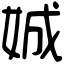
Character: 娍